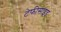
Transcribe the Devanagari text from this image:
टेफीसाइड